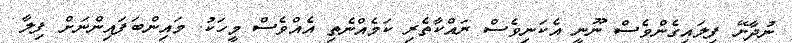
ނުދާށޭ ފިލައިގެންވެސް ނޫނީ އެކަނިވެސް ރައްކާތެރި ކަމެއްނެތި އެއްވެސް މީހަކު. މައިންބަފައިންނަށް ފިލާ